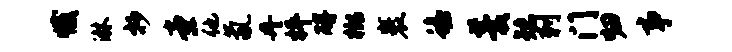
撼淋抄堂他氤丹枰碍榔裹蟾羹矮刺门归事